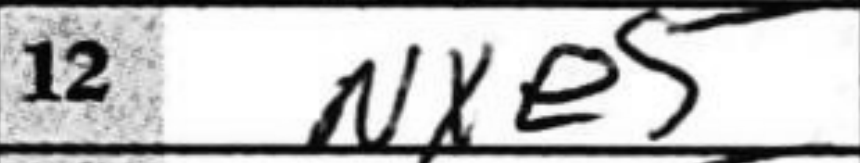
Transcription: Nxe5